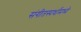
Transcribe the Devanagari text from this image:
संगीतस्पर्धांमध्ये